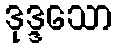
ဒုဒ္ဒသော